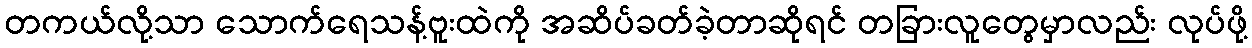
တကယ်လို့သာ သောက်ရေသန့်ဗူးထဲကို အဆိပ်ခတ်ခဲ့တာဆိုရင် တခြားလူတွေမှာလည်း လုပ်ဖို့